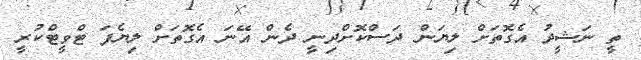
ތީ ނަޝީދު އެގޮތަށް ލިޔަން ދަސްކޮށްދިނީ ދެން އޭނަ އެގޮތަށް ލިޔެފަ ޓްވީޓްކުރީ